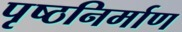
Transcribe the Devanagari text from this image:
पृष्ठनिर्माण